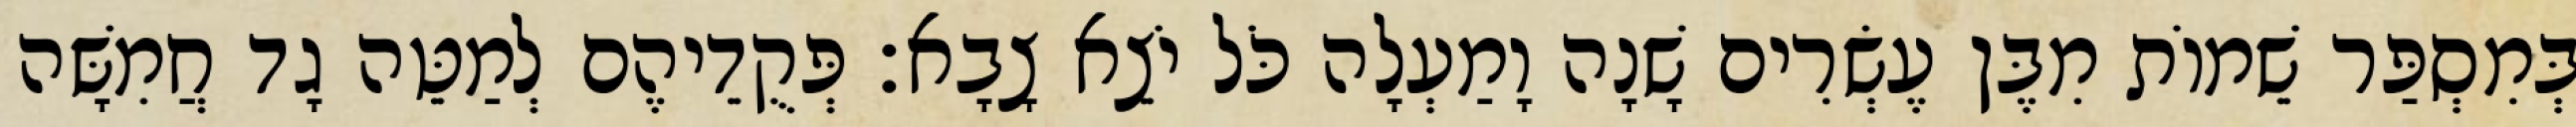
בְּמִסְפַּר שֵׁמוֹת מִבֶּן עֶשְׂרִים שָׁנָה וָמַעְלָה כֹּל יֹצֵא צָבָא׃ פְּקֻדֵיהֶם לְמַטֵּה גָד חֲמִשָּׁה